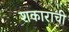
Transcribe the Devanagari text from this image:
शकाराची